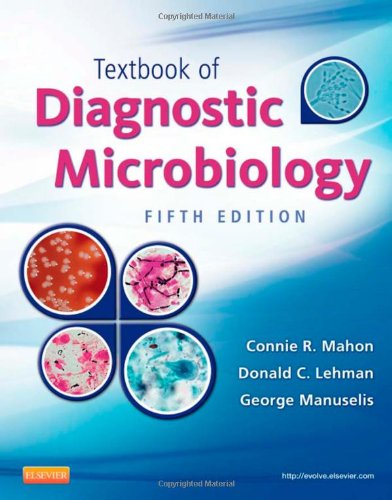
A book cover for Textbook of Diagnostic Microbiology, 5e (Mahon, Textbook of Diagnostic Microbiology); Connie R. Mahon MS  MT(ASCP)  CLS; Medical Books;